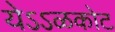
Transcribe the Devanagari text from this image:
येऽऽळकोट